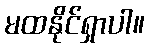
မထနိုင်ရှာပါ။